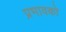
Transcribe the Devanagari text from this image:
प्रभावको